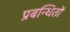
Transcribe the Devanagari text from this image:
प्रबन्धितों